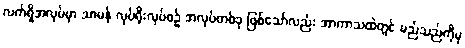
လက်ရှိအလုပ်မှာ သာမန် လုပ်ရိုးလုပ်စဉ် အလုပ်တစ်ခု ဖြစ်သော်လည်း အာကာသထဲတွင် မည်သည်ကိုမှ